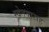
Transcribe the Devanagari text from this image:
स्वेतवाराह